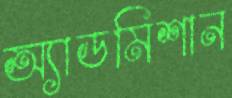
অ্যাডমিশান